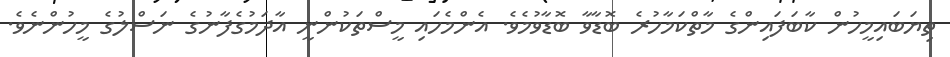
ތިޔަބައިމީހުން ކާބަފައިންގެ މާތްކަމާހުރެ ބޮޑާވާ ބޮޑާވުމެވެ. އެންމެހައި މީސްތަކުންނީ އާދަމުގެފާނުގެ ނަސްލުގެ މީހުންނެވެ.